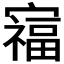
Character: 𫴗